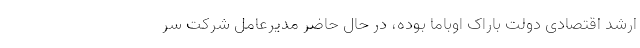
ارشد اقتصادی دولت باراک اوباما بوده، در حال حاضر مدیرعامل شرکت سر